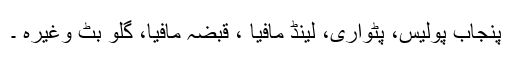
پنجاب پولیس، پٹواری، لینڈ مافیا ، قبضہ مافیا، گلو بٹ وغیرہ ۔